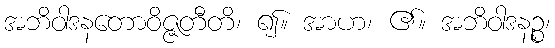
အဘိဝါဒနတောဝိဇ္ဇတီတိ၊ ၍။ အာဟ၊ ၏။ အဘိဝါဒနဉ္စ၊